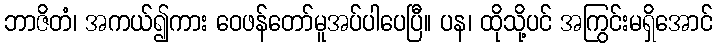
ဘာဇိတံ၊ အကယ်၍ကား ဝေဖန်တော်မူအပ်ပါပေပြီ။ ပန၊ ထိုသို့ပင် အကြွင်းမရှိအောင်